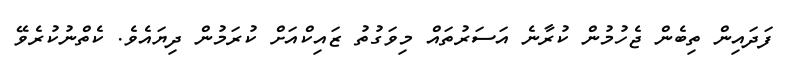
ފަދައިން ތިބެން ޖެހުމުން ކުރާނެ އަސަރުތައް މިވަގުތު ޒައިކްއަށް ކުރަމުން ދިޔައެވެ. ކެތްނުކުރެވޭ